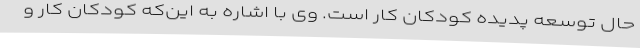
حال توسعه پدیده کودکان کار است. وی با اشاره به این‌که کودکان کار و